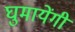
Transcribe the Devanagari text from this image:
घुमायेंगी